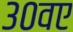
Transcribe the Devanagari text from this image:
३०वए